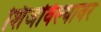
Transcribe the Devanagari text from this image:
शिजविल्यावर